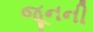
જૂનની